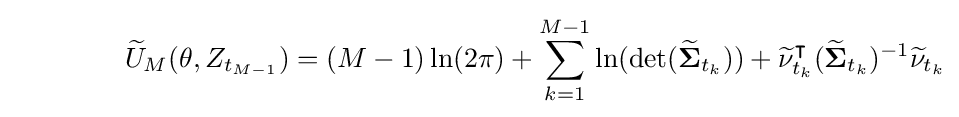
\qquad \qquad {\widetilde {U}}_{M}(\mathbf {\theta } ,Z_{t_{M-1}})=(M-1)\ln(2\pi )+\sum \limits _{k=1}^{M-1}\ln(\det({\widetilde {\mathbf {\Sigma } }}_{t_{k}}))+{\widetilde {\mathbf {\nu } }}_{t_{k}}^{\intercal }({\widetilde {\mathbf {\Sigma } }}_{t_{k}})^{-1}{\widetilde {\mathbf {\nu } }}_{t_{k}}